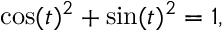
\cos ( t ) ^ { 2 } + \sin ( t ) ^ { 2 } = 1 ,